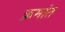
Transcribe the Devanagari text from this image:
क्रमांत